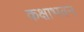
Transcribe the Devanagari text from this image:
कक्षाभवन